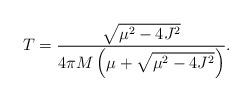
LaTeX: \begin{align*}T=\frac{\sqrt{\mu^2-4 J^2}}{4\pi M \left(\mu+ \sqrt{\mu^2-4 J^2}\right)}.\end{align*}